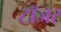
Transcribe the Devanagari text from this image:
टॉजर